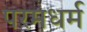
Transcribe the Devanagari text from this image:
परमधर्म